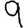
Digit: 9